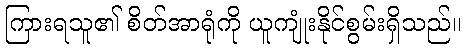
ကြားရသူ၏ စိတ်အာရုံကို ယူကျုံးနိုင်စွမ်းရှိသည်။